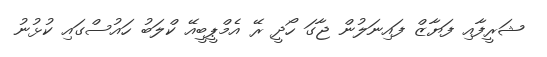
ޝަރީފާއި ފަޔާޒް ފައިނަލުން ޖާގަ ހޯދީ ރޭ އެމްޕީބީއޭ ކްލަބު ހައުސްގައި ކުޅުނު